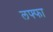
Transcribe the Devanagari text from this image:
लफ्फा